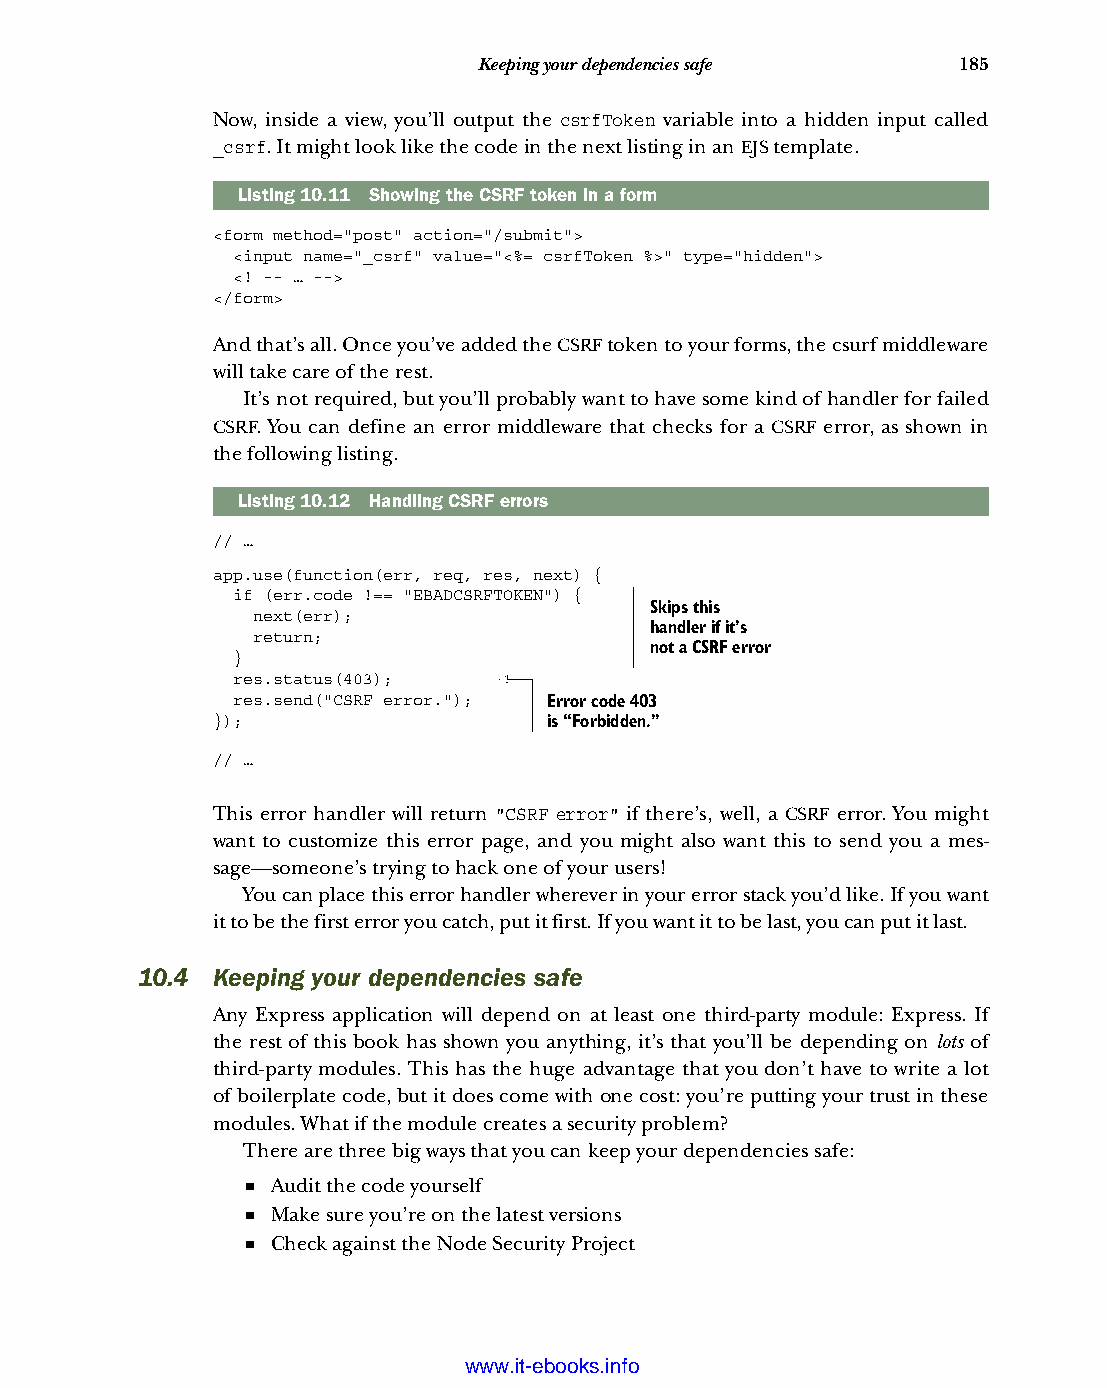
Keeping your dependencies safe 185
 Now, inside a view, you’ll output the csrfToken variable into a hidden input called
 _csrf. It might look like the code in the next listing in an EJS template.
 Listing10.11 Showing the CSRF token in a form
 <form method="post" action="/submit">
 <input name="_csrf" value="<%= csrfToken %>" type="hidden">
 <! -- … -->
 </form>
 And that’s all. Once you’ve added the CSRF token to your forms, the csurf middleware
 will take care of the rest.
 It’s not required, but you’ll probably want to have some kind of handler for failed
 CSRF. You can define an error middleware that checks for a CSRF error, as shown in
 the following listing.
 Listing10.12 Handling CSRF errors
 // …
 app.use(function(err, req, res, next) {
 if (err.code !== "EBADCSRFTOKEN") {
 Skips this
 next(err);
 handler if it’s
 return;
 not a CSRF error
 }
 res.status(403);
 res.send("CSRF error."); Error code 403
 });                   is “Forbidden.”
 // …
 This error handler will return "CSRF error" if there’s, well, a CSRF error. You might
 want to customize this error page, and you might also want this to send you a mes-
 sage—someone’s trying to hack one of your users!
 You can place this error handler wherever in your error stack you’d like. If you want
 it to be the first error you catch, put it first. If you want it to be last, you can put it last.
 10.4 Keeping your dependencies safe
 Any Express application will depend on at least one third-party module: Express. If
 the rest of this book has shown you anything, it’s that you’ll be depending on lots of
 third-party modules. This has the huge advantage that you don’t have to write a lot
 of boilerplate code, but it does come with one cost: you’re putting your trust in these
 modules. What if the module creates a security problem?
 There are three big ways that you can keep your dependencies safe:
 ■ Audit the code yourself
 ■ Make sure you’re on the latest versions
 ■ Check against the Node Security Project
 Licensed wtow w <.mit-ielebro.8o8k8s@.ingfomail.com>